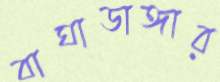
বাঘাডাঙ্গার